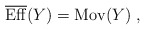
\begin{align*}\overline{{\rm Eff}}(Y) &= {\rm Mov}(Y) \;,\end{align*}